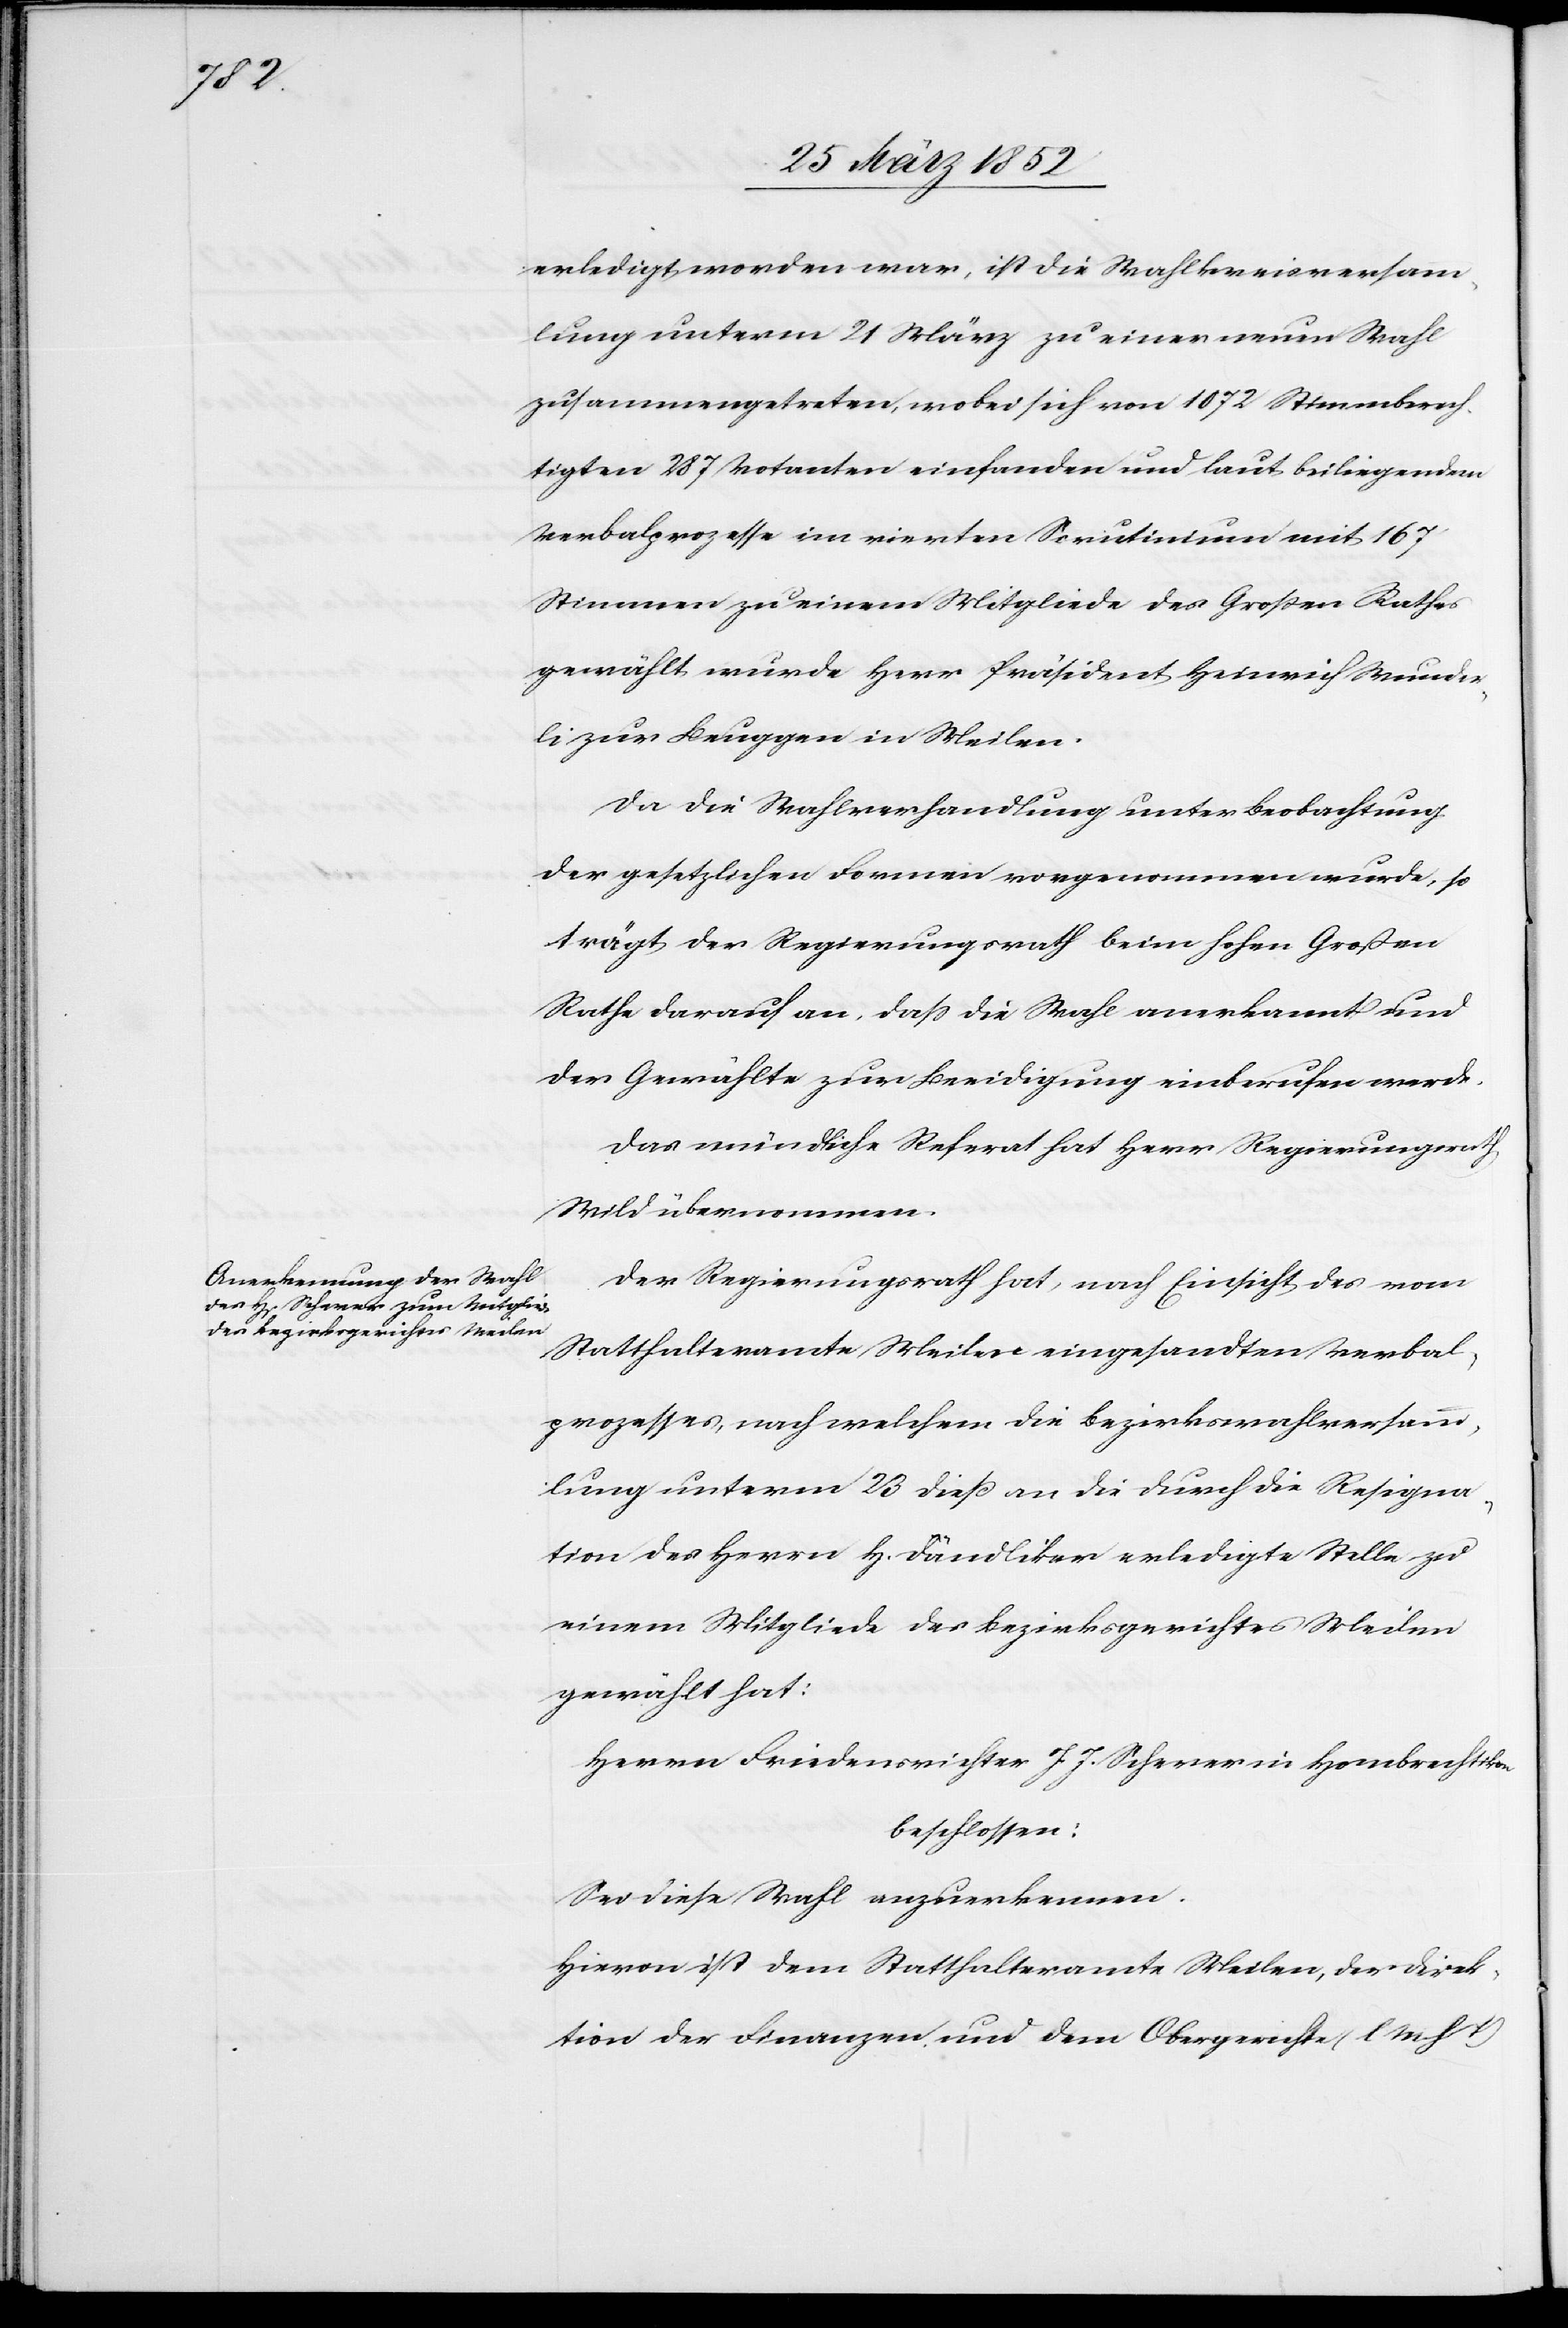
erledigt worden war, ist die Wahlkreisversamm¬
lung unterm 21 März zu einer neuen Wahl
zusammengetreten, wobei sich von 1072 Stimmberech¬
tigten 287 Votanten einfanden und laut beiliegendem
Verbalprozesse im vierten Scrutinium mit 167
Stimmen zu einem Mitgliede des Großen Rathes
gewählt wurde Herr Präsident Heinrich Wunder¬
li zur Beuggen in Meilen.
Da die Wahlverhandlung unter Beobachtung
der gesetzlichen Formen vorgenommen wurde, so
trägt der Regierungsrath beim hohen Großen
Rathe darauf an, daß die Wahl anerkannt und
der Gewählte zur Beeidigung einberufen werde.
Das mündliche Referat hat Herr Regierungsrath
Wild übernommen.
Der Regierungsrath hat, nach Einsicht des vom
Statthalteramte Meilen eingesandten Verbal¬
prozesses, nach welchem die Bezirkswahlversamm¬
lung unterm 23 dieß an die durch die Resigna¬
tion des Herrn H. Dändliker erledigte Stelle zu
einem Mitgliede des Bezirksgerichtes Meilen
gewählt hat:
Herrn Friedensrichter J. J. Scherrer in Hombrechtikon
beschlossen:
Sei diese Wahl anzuerkennen.
Hiervon ist dem Statthalteramte Meilen, der Direk¬
tion der Finanzen und dem Obergerichte (l M h T)